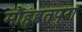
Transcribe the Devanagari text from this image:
मौहब्बतपुरा